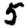
Digit: 5